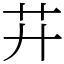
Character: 𦬇